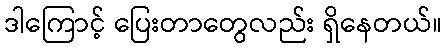
ဒါကြောင့် ပြေးတာတွေလည်း ရှိနေတယ်။